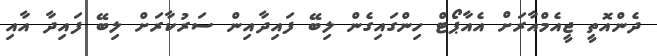
ދެންއޮތީ ޖީއެމްއާރަށް އެއާޕޯޓް ހިންގައިގެން ލިބޭ ފައިދާއިން ސަރުކާރަށް ލިބޭ ފައިދާ އާއި